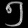
Digit: ၅